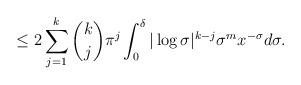
LaTeX: \begin{align*}\leq 2\sum_{j=1}^k {k\choose j} \pi^j \int_0^{\delta} |\log\sigma|^{k-j}\sigma^m x^{-\sigma}d\sigma.\end{align*}